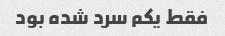
فقط یکم سرد شده بود